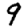
Digit: 9